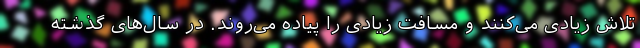
تلاش زیادی می‌کنند و مسافت زیادی را پیاده می‌روند. در سال‌های گذشته